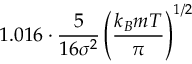
1 . 0 1 6 \cdot { \frac { 5 } { 1 6 \sigma ^ { 2 } } } \left( { \frac { k _ { B } m T } { \pi } } \right) ^ { 1 / 2 }